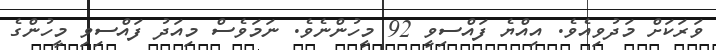
ވަރަކަށް މަދުވިއެވެ. އިއްޔެ ފައްސިވީ 92 މީހުންނެވެ. ނަމަވެސް މިއަދު ފައްސިވި މީހުންގެ